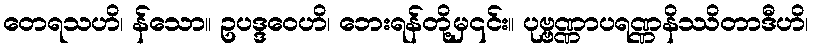
တေရသဟိ၊ န်သော။ ဥပဒ္ဒဝေဟိ၊ ဘေးရန်တို့မှ၎င်း။ ပုဗ္ဗဏ္ဏာပရဏ္ဏနိဿိတာဒီဟိ၊